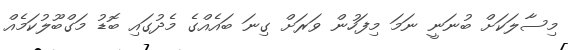
މިސާލަކަށް ބުނަނީ ނަމަ މިފަހުން ވަރަށް ގިނަ ބައެއްގެ މެދުގައި ބޮޑު މަގްބޫލުކަމެއް